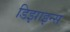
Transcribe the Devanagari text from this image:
डिझाइन्स